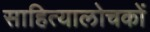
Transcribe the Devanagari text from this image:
साहित्यालोचकों